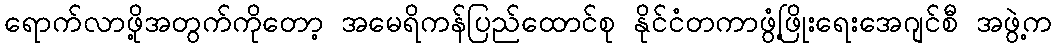
ရောက်လာဖို့အတွက်ကိုတော့ အမေရိကန်ပြည်ထောင်စု နိုင်ငံတကာဖွံ့ဖြိုးရေးအေဂျင်စီ အဖွဲ့က